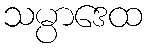
သမ္ပာဒေထ